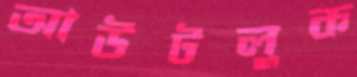
আউটলুক